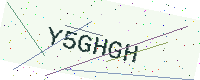
Text: Y5GHGH